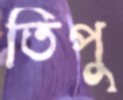
তিপু